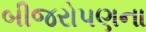
બીજરોપણના